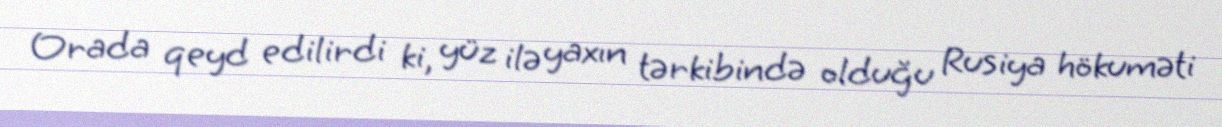
Orada qeyd edilirdi ki, yüz ilə yaxın tərkibində olduğu Rusiya hökuməti